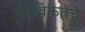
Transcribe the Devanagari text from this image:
वैश्विकतेचे